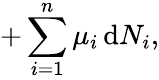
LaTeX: +\sum_{i=1}^{n}\mu_{i}\, \mathrm{d}N_{i},